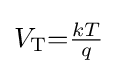
{\textstyle V_{\text{T}}{=}{\tfrac {kT}{q}}}